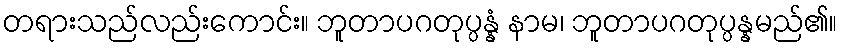
တရားသည်လည်းကောင်း။ ဘူတာပဂတုပ္ပန္နံ နာမ၊ ဘူတာပဂတုပ္ပန္နမည်၏။